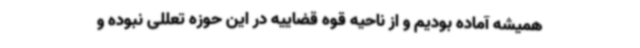
همیشه آماده بودیم و از ناحیه قوه قضاییه در این حوزه تعللی نبوده و